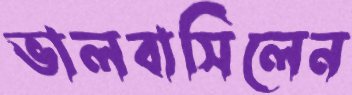
ভালবাসিলেন